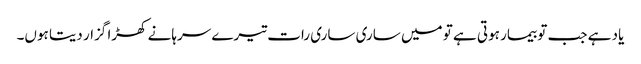
یاد ہے جب تو بیمار ہوتی ہے تو میں ساری ساری رات تیرے سرہانے کھڑا گزار دیتا ہوں۔